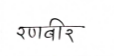
मजकूर: रणबीर